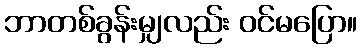
ဘာတစ်ခွန်းမျှလည်း ဝင်မပြော။